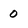
Character: 0